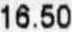
16.50